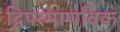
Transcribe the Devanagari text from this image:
द्विपरमाणविक